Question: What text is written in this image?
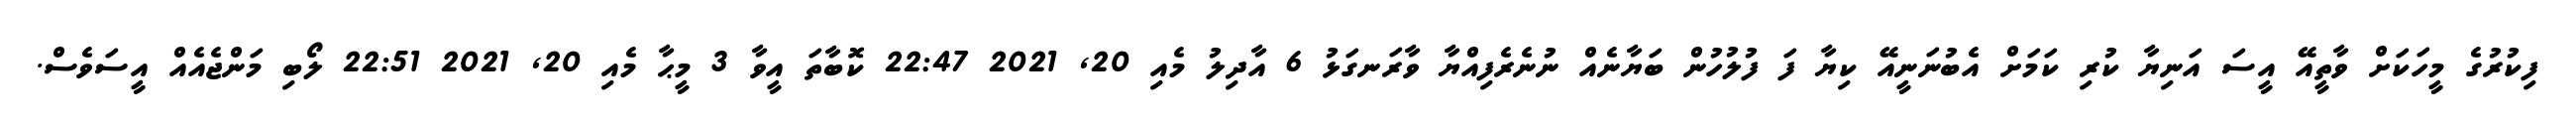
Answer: ފިކުރުގެ މީހަކަށް ވާތީއޭ އީސަ އަނިޔާ ކުރި ކަމަށް އެބުނަނީއޭ ކިޔާ ފަ ފުލުހުން ބަޔާނެއް ނުނެރެފިއްޔާ ވާރަނގަޅު 6 އާދިލު މެއި 20, 2021 22:47 ކޮބާތަ އީވާ 3 މީޙާ މެއި 20, 2021 22:51 ލޯބި މަންޖެއެއް އީސަވެސް.